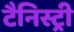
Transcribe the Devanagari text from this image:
टैनिस्ट्री